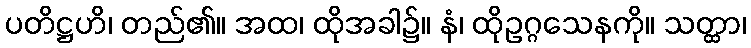
ပတိဋ္ဌဟိ၊ တည်၏။ အထ၊ ထိုအခါ၌။ နံ၊ ထိုဥဂ္ဂသေနကို။ သတ္ထာ၊